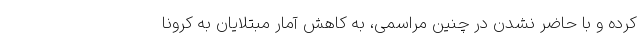
کرده و با حاضر نشدن در چنین مراسمی، به کاهش آمار مبتلایان به کرونا